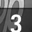
Digit: 3